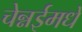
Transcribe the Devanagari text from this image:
चेन्नईमधे